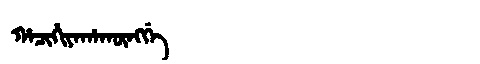
Manchu: ᡥᠠᠴᡳᡥᡳᠶᠠᡥᠠᡴᡡᠩᡤᡝ
Romanization: HACIHIYAHAKŪNGGE